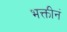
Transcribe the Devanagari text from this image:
भक्तीनं